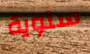
سنوية